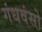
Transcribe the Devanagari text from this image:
गंधवंसो